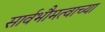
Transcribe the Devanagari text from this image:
सार्वभौमत्वाच्या